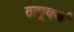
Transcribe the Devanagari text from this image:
तापूवर्क